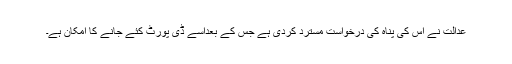
عدالت نے اس کی پناہ کی درخواست مسترد کردی ہے جس کے بعداسے ڈی پورٹ کئے جانے کا امکان ہے۔